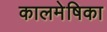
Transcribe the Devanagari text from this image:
कालमेषिका